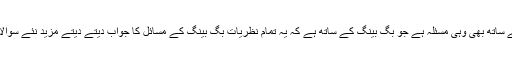
مگر ان تمام نظریات کے ساتھ بھی وہی مسئلہ ہے جو بگ بینگ کے ساتھ ہے کہ یہ تمام نظریات بگ بینگ کے مسائل کا جواب دیتے دیتے مزید نئے سوالات کھڑے کر دیتے ہیں۔